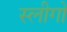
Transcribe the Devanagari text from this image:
स्लीगो